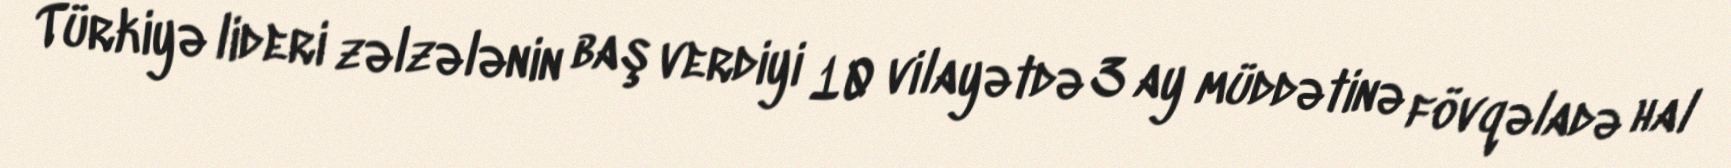
Türkiyə lideri zəlzələnin baş verdiyi 10 vilayətdə 3 ay müddətinə fövqəladə hal